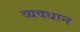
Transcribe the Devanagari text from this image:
व्‍यवधान